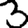
Digit: 3